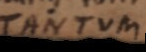
TANTUM